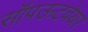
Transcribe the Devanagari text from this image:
सॉपऊटवेयर